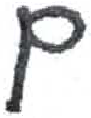
אות: ם